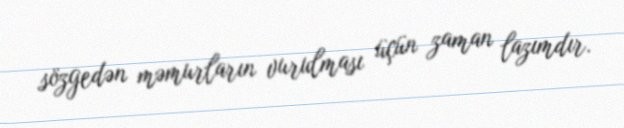
sözgedən məmurların vurulması üçün zaman lazımdır.